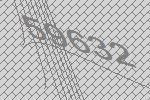
59632